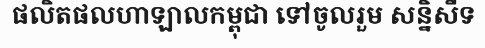
ផលិតផលហាឡាលកម្ពុជា ទៅចូលរួម សន្និសីទ